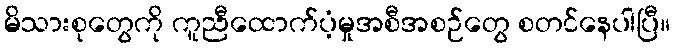
မိသားစုတွေကို ကူညီထောက်ပံ့မှုအစီအစဉ်တွေ စတင်နေပါပြီ။